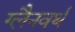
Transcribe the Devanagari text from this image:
ग्लैनवर्थ